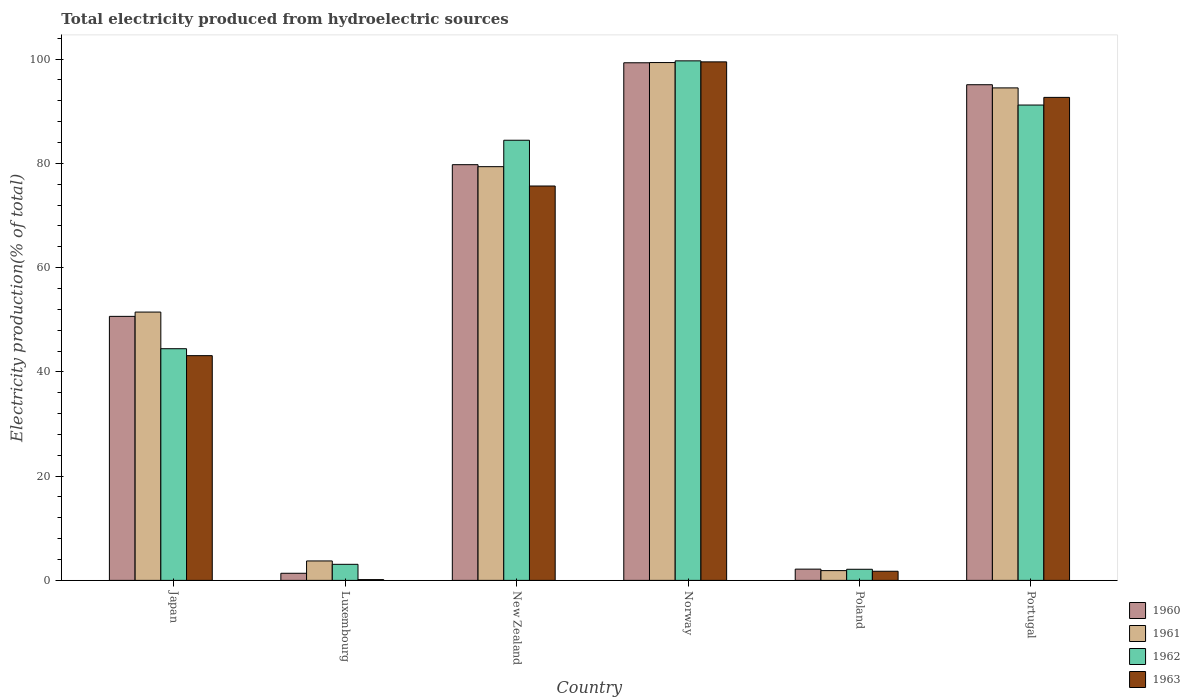
| Country | 1960 | 1961 | 1962 | 1963 |
 | --- | --- | --- | --- | --- |
 | Japan | 50.6 | 51.5 | 44.4 | 43.1 |
 | Luxembourg | 1.37 | 3.73 | 3.08 | 0.148 |
 | New Zealand | 79.8 | 79.4 | 84.4 | 75.7 |
 | Norway | 99.3 | 99.3 | 99.7 | 99.5 |
 | Poland | 2.16 | 1.87 | 2.13 | 1.75 |
 | Portugal | 95.1 | 94.5 | 91.2 | 92.7 |